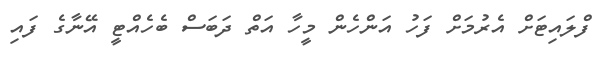
ފްލައިޓަށް އެރުމަށް ފަހު އަންހެން މީހާ އަތް ދަބަސް ބެހެއްޓީ އޭނާގެ ފައި